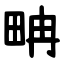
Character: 畘